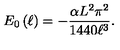
E _ { 0 } \left( \ell \right) = - \frac { \alpha L ^ { 2 } \pi ^ { 2 } } { 1 4 4 0 \ell ^ { 3 } } .